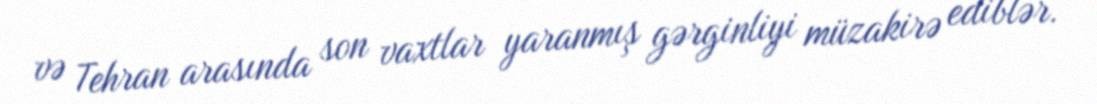
və Tehran arasında son vaxtlar yaranmış gərginliyi müzakirə ediblər.